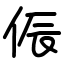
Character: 侲